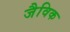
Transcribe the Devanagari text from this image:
जैविक